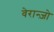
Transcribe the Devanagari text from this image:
वेरान्ज़ो